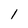
Character: l